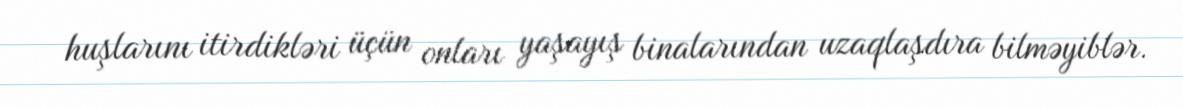
huşlarını itirdikləri üçün onları yaşayış binalarından uzaqlaşdıra bilməyiblər.